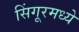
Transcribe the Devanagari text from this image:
सिंगूरमध्ये